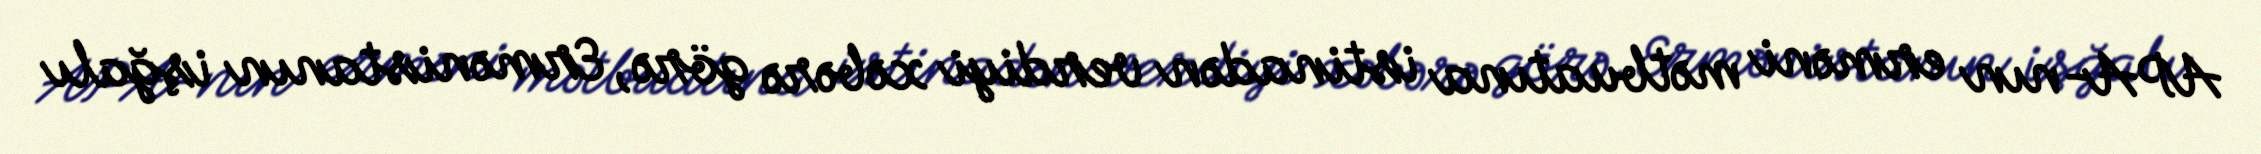
APA-nın erməni mətbuatına istinadən verdiyi xəbərə görə, Ermənistanın işğalı